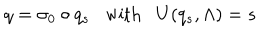
LaTeX: q = \sigma _ { 0 } \circ q _ { s } \; \; \mathrm { ~ w i t h ~ } \; \; U ( q _ { s } , \Lambda ) = s